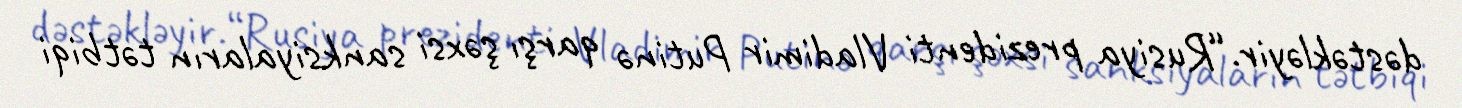
dəstəkləyir.“Rusiya prezidenti Vladimir Putinə qarşı şəxsi sanksiyaların tətbiqi